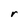
Character: r